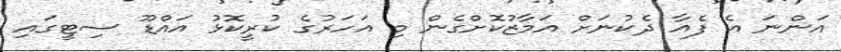
އަންނަ އެ ފެއާ ދެކުނަށް އަމާޒުކޮށްގެން މި އަހަރުގެ ކުރީކޮޅު އައްޑޫ ސިޓީގައި